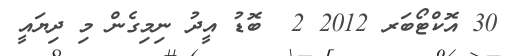
30 އޮކްޓޯބަރ 2012 2  ބޮޑު އީދު ނިމިގެން މި ދިޔައީ